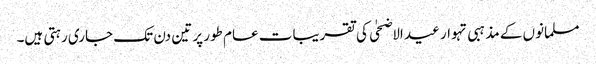
مسلمانوں کے مذہبی تہوار عید الاضحٰی کی تقریبات عام طور پر تین دن تک جاری رہتی ہیں۔